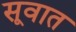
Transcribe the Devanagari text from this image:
सूवात